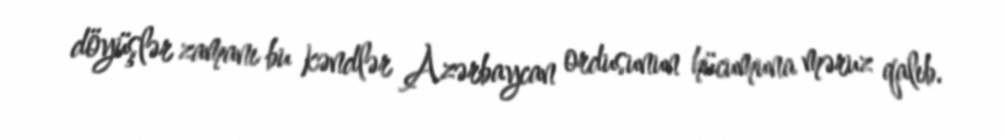
döyüşlər zamanı bu kəndlər Azərbaycan ordusunun hücumuna məruz qalıb.